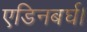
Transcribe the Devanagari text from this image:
एडिनबर्घ।